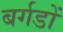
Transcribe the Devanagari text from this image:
बर्गडों